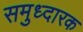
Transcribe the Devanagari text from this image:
समुध्दारक